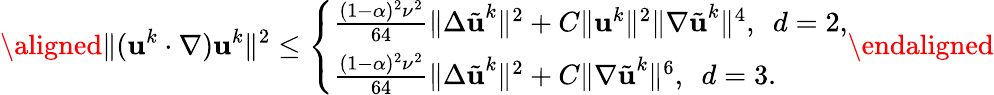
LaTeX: \aligned\| (\textbf{u}^{k}\cdot\nabla)\textbf{u}^{k}\| ^{2}\leq\left\{ \begin{array}{ll}{\frac{(1-\alpha)^{2}\nu^{2}}{64}\| \Delta\tilde{\textbf{u}}^{k}\| ^{2}+C\| \textbf{u}^{k}\| ^{2}\| \nabla\tilde{\textbf{u}}^{k}\| ^{4},\ \ d=2,}\\ {\frac{(1-\alpha)^{2}\nu^{2}}{64}\| \Delta\tilde{\textbf{u}}^{k}\| ^{2}+C\| \nabla\tilde{\textbf{u}}^{k}\| ^{6},\ \ d=3.}\end{array}\right.\endaligned